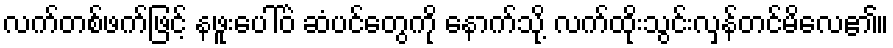
လက်တစ်ဖက်ဖြင့် နဖူးပေါ်ဝဲ ဆံပင်တွေကို နောက်သို့ လက်ထိုးသွင်းလှန်တင်မိလေ၏။